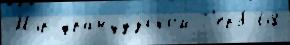
Мэр францу́зском Г'ерб 68